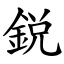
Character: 鋭